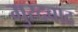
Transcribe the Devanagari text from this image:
मुरदबाद